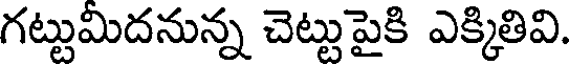
గట్టుమిదనున్న చెట్టుపైకి ఎక్కితివి.